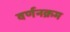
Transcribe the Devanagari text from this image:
वर्णनक्रम